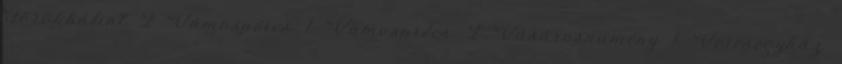
Törökbálint 2 Vámospércs 1 Vámosprécs 2 Vásárosnamény 1 Veresegyház